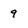
Character: q